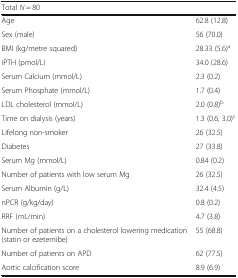
| <COLSPAN=2> Total N = 80 |
 | --- | --- |
 | Age | 62.8 (12.8) |
 | Sex (male) | 56 (70.0) |
 | BMI (kg/metre squared) | 28.33 (5.6)a |
 | iPTH (pmol/L) | 34.0 (28.6) |
 | Serum Calcium (mmol/L) | 2.3 (0.2) |
 | Serum Phosphate (mmol/L) | 1.7 (0.4) |
 | LDL cholesterol (mmol/L) | 2.0 (0.8)b |
 | Time on dialysis (years) | 1.3 (0.6, 3.0)c |
 | Lifelong non-smoker | 26 (32.5) |
 | Diabetes | 27 (33.8) |
 | Serum Mg (mmol/L) | 0.84 (0.2) |
 | Number of patients with low serum Mg | 26 (32.5) |
 | Serum Albumin (g/L) | 32.4 (4.5) |
 | nPCR (g/kg/day) | 0.8 (0.2) |
 | RRF (mL/min) | 4.7 (3.8) |
 | Number of patients on a cholesterol lowering medication (statin or ezetemibe) | 55 (68.8) |
 | Number of patients on APD | 62 (77.5) |
 | Aortic calcification score | 8.9 (6.9) |